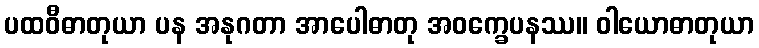
ပထဝီဓာတုယာ ပန အနုဂတာ အာပေါဓာတု အဝက္ခေပနဿ။ ဝါယောဓာတုယာ